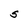
Character: S